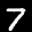
Label: 7